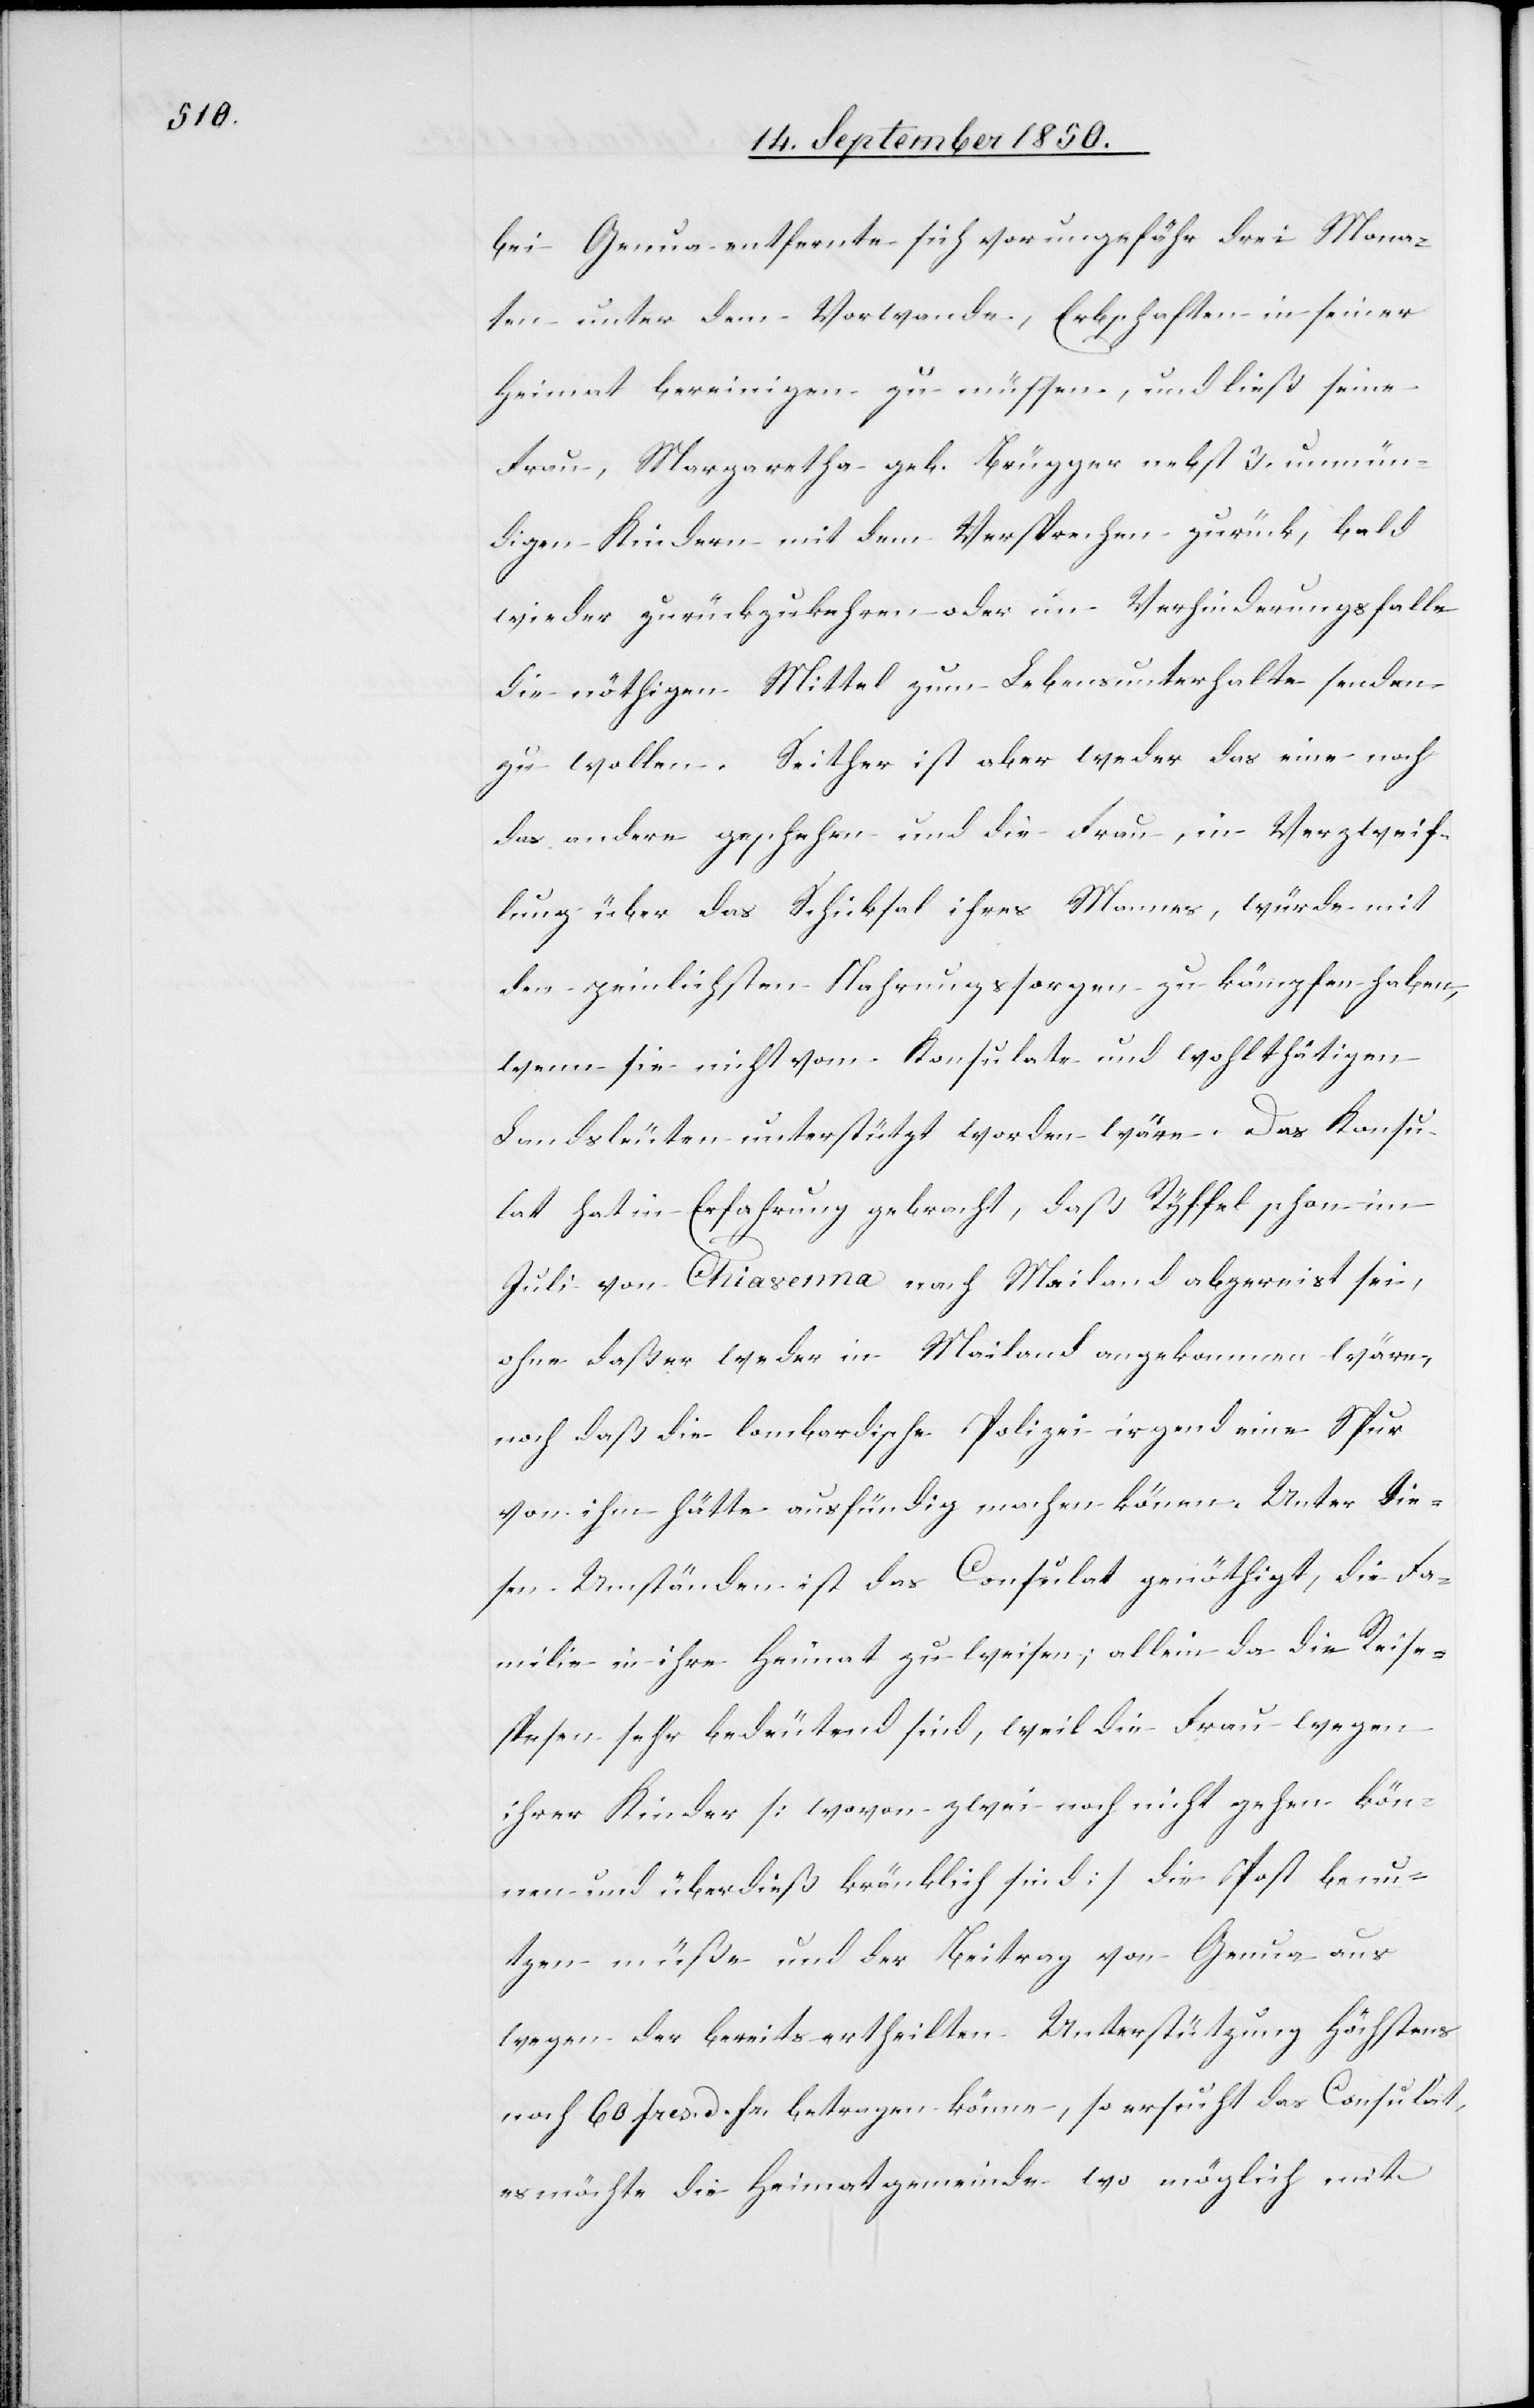
bei Genua entfernte sich vor ungefähr drei Mona¬
ten unter dem Vorwande, Erbschaften in seiner
Heimat bereinigen zu müssen, und ließ seine
Frau, Margaretha geb. Brügger nebst 3. unmün¬
digen Kindern mit dem Versprechen zurück, bald
wieder zurückzukehren oder im Verhinderungsfalle
die nöthigen Mittel zum Lebensunterhalte senden
zu wollen. Seither ist aber weder das eine noch
das andere geschehen und die Frau, in Verzweif¬
lung über das Schicksal ihres Mannes, würde mit
den peinlichsten Nahrungssorgen zu kämpfen haben,
wenn sie nicht vom Konsulate und wohlthätigen
Landsleuten unterstützt worden wäre. Das Konsu¬
lat hat in Erfahrung gebracht, daß Ryffel schon im
Juli von Chiavenna nach Mailand abgereist sei,
ohne daß er weder in Mailand angekommen wäre,
noch daß die lombardische Polizei irgend eine Spur
von ihm hätte ausfündig machen können. Unter die¬
sen Umständen ist das Consulat genöthigt, die Fa¬
milie in ihre Heimat zu weisen; allein da die Reise¬
spesen sehr bedeutend sind, weil die Frau wegen
ihrer Kinder [wovon zwei noch nicht gehen kön¬
nen und überdieß kränklich sind] die Post benu¬
tzen müße und der Beitrag von Genua aus
wegen der bereits ertheilten Unterstützung höchstens
noch 60 frcs. d. fr. betragen können, so ersucht das Consulat,
es möchte die Heimatgemeinde wo möglich mit